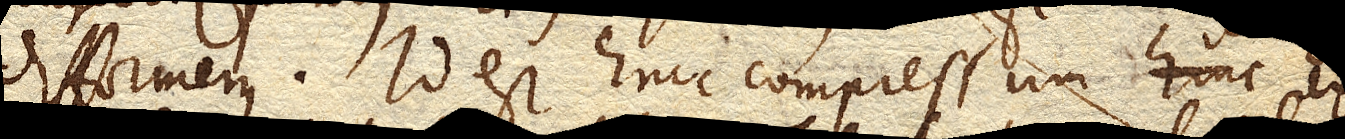
difformem. Id est hinc compressum hinc